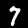
Label: 7